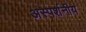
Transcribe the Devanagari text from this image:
अस्पर्शनीय